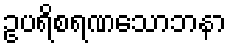
ဥပရိစရဏသောဘနာ